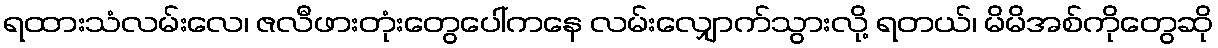
ရထားသံလမ်းလေ၊ ဇလီဖားတုံးတွေပေါ်ကနေ လမ်းလျှောက်သွားလို့ ရတယ်၊ မိမိအစ်ကိုတွေဆို